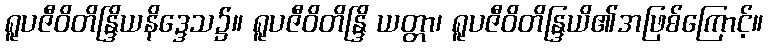
ရူပဇီဝိတိန္ဒြိယနိဒ္ဒေသ၌။ ရူပဇီဝိတိန္ဒြိ ယတ္တာ၊ ရူပဇီဝိတိန္ဒြယိ၏အဖြစ်ကြောင့်။